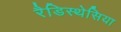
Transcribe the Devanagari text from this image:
रैडिस्थेसिया